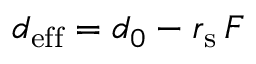
d _ { \mathrm { e f f } } = d _ { 0 } - r _ { \mathrm { s } } \, F